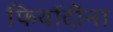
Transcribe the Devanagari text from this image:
फिर्यादींना